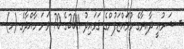
- ޝަރުޢީ ދާއިރާގެ މުވައްޒަފުންގެ ޤަވައިދު 2011ގެ 70 ވަނަ މާއްދާގެ (ހ)